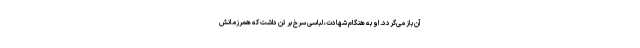
آن باز می‌گردد. او به هنگام شهادت، لباسی سرخ بر تن داشت که همرزمانش